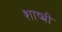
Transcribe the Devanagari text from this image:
शाष्त्री